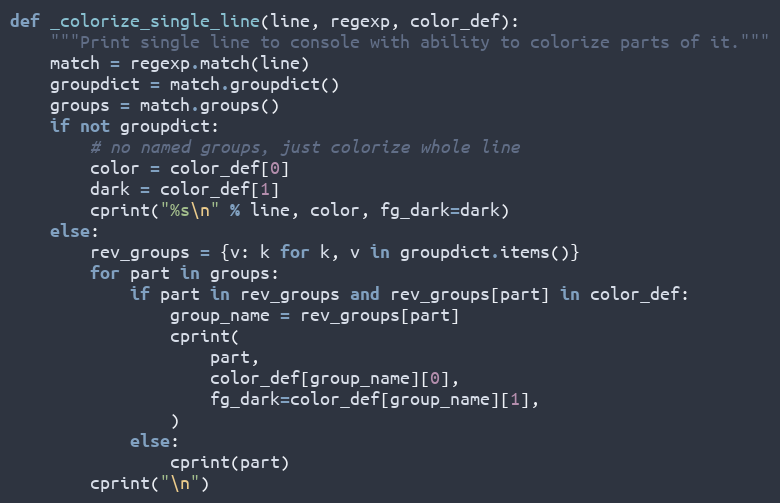
Language: Python
def _colorize_single_line(line, regexp, color_def):
    """Print single line to console with ability to colorize parts of it."""
    match = regexp.match(line)
    groupdict = match.groupdict()
    groups = match.groups()
    if not groupdict:
        # no named groups, just colorize whole line
        color = color_def[0]
        dark = color_def[1]
        cprint("%s\n" % line, color, fg_dark=dark)
    else:
        rev_groups = {v: k for k, v in groupdict.items()}
        for part in groups:
            if part in rev_groups and rev_groups[part] in color_def:
                group_name = rev_groups[part]
                cprint(
                    part,
                    color_def[group_name][0],
                    fg_dark=color_def[group_name][1],
                )
            else:
                cprint(part)
        cprint("\n")